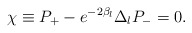
\begin{align*} \chi \equiv P_+ - e^{-2\beta _l}\Delta _lP_- = 0.\end{align*}